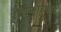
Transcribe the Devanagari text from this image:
रोशेफाउकॉड